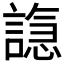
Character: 𫍆